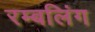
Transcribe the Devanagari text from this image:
रम्बलिंग